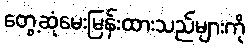
တွေ့ဆုံမေးမြန်းထားသည်များကို